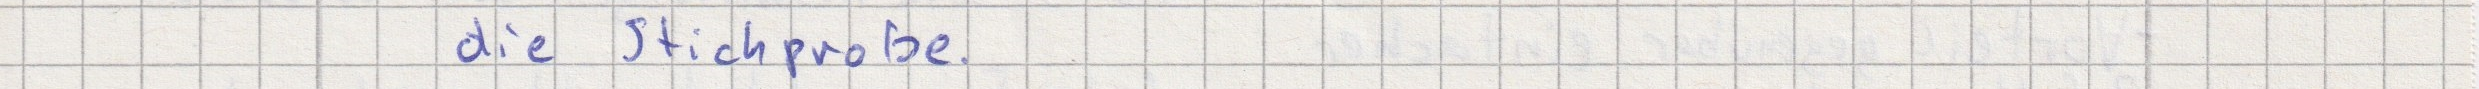
die Stichprobe.